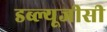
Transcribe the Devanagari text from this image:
डब्ल्यूजीसी